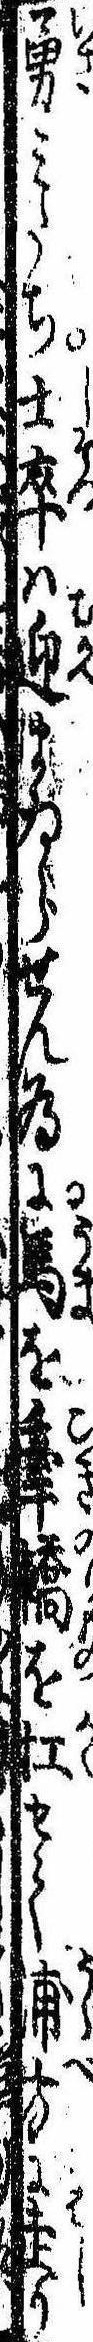
勇みたち士卒は迎まゐらせん為に馬を牽轎を扛せて浦方に走り